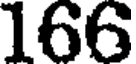
166